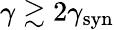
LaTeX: \gamma\gtrsim 2\gamma_{\mathrm{syn}}